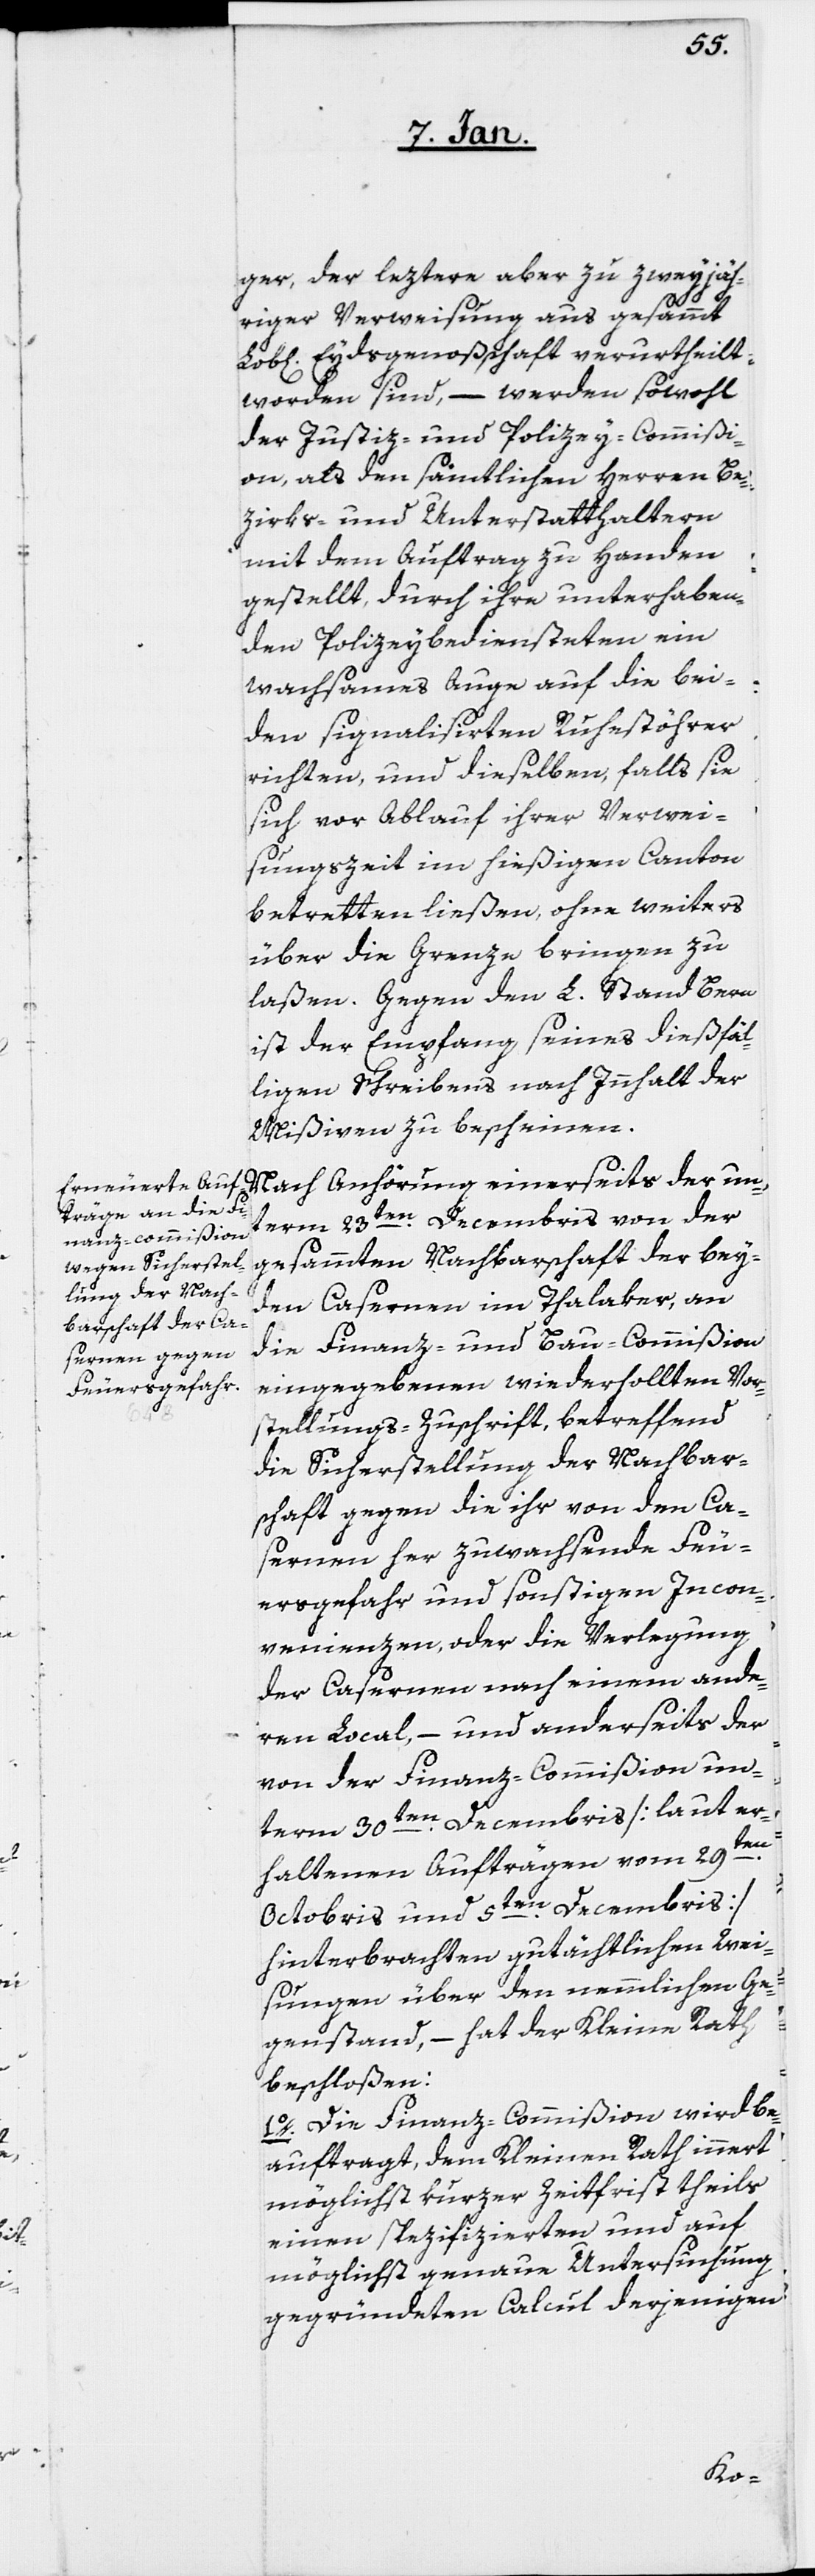
ger, der leztere aber zu zweyjäh¬
riger Verweisung aus gesammt
Eydsgenoßschaft verurtheilt
worden sind, – werden sowohl
der Justiz- und Polizey-Commißi¬
on als den sämtlichen Herren Be¬
zirks- und Unterstatthaltern
mit dem Auftrag zu Handen
gestellt, durch ihre unterhaben¬
den Polizeybediensteten ein
wachsames Auge auf die bei¬
den signalisirten Ruhestöhrer
richten, und dieselben, falls sie
sich vor Ablauf ihrer Verwei¬
sungszeit im hießigen Canton
betretten ließen, ohne weiters
über die Grenze bringen zu
laßen. Gegen den L. Stand Bern
ist der Empfang seines dießfäl¬
ligen Schreibens nach Innhalt der
Mißiven zu bescheinen.
Nach Anhörung einerseits der un¬
term 23sten Decembris von der
gesammten Nachbarschaft der bey¬
den Casernen im Thalaker, an
die Finanz- und Bau-Commißion
eingegebenen wiederhollten Vor¬
stellungs-Zuschrift, betreffend
die Sicherstellung der Nachbar¬
schaft gegen die ihr von den Ca¬
sernen her zuwachsende Feu¬
ersgefahr und sonstigen Incon¬
venienzen, oder die Verlegung
der Casernen nach einem ande¬
ren Local, – und anderseits der
von der Finanz-Commißion un¬
term 30sten Decembris (laut er¬
haltenen Aufträgen vom 29sten
Octobris und 5ten Decembris)
hinterbrachten gutächtlichen Wei¬
sungen über den nämlichen Ge¬
genstand, – hat der Kleine Rath
beschloßen:
1. Die Finanz-Commißion wird be¬
auftragt, dem Kleinen Rath innert
möglichst kurzer Zeitfrist theils
einen spezifizierten und auf
möglichst genaue Untersuchung
gegründeten Calcul derjenigen